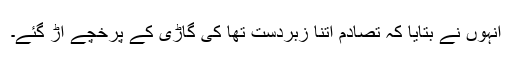
انہوں نے بتایا کہ تصادم اتنا زبردست تھا کی گاڑی کے پرخچے اڑ گئے۔